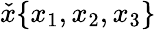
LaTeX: {\check{x}}\{ x_{1},x_{2},x_{3}\}